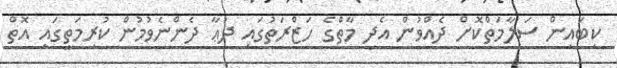
ކިބައިން ސަލާމަތްކޮށް ދެއްވުން އެދި މާތްގެ ހަޒްރަތުގައި ދުޢާ ދެންނެވުމުން ކުރިމަތީގައި އޮތް